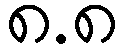
၈.၈